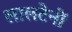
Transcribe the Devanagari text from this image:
लालटेनों